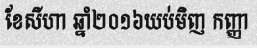
ខែសីហា ឆ្នាំ២០១៦យប់មិញ កញ្ញា